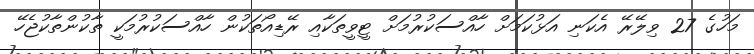
މަހުގެ 27 ވިލޭރޭ އެކަނި އަޅުކަމަށް ހާއްސަކުރުމަށް ޓީވީތަކާއި ރޭޑިއޯތަކުން ހާއްސަކުރުމަކީ ތާކުންތާކުޖެހޭ